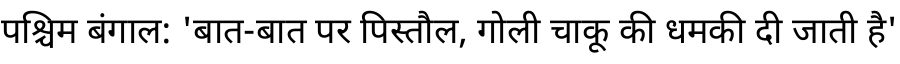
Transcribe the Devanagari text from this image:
पश्चिम बंगाल: 'बात-बात पर पिस्तौल, गोली चाकू की धमकी दी जाती है'